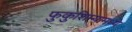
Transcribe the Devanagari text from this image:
फुकुशिम्यामध्ये